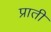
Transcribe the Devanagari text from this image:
प्राती